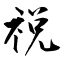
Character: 祱